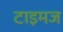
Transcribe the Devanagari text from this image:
टाइमज